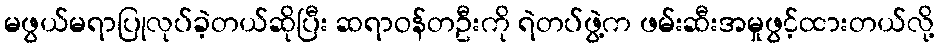
မဖွယ်မရာပြုလုပ်ခဲ့တယ်ဆိုပြီး ဆရာဝန်တဦးကို ရဲတပ်ဖွဲ့က ဖမ်းဆီးအမှုဖွင့်ထားတယ်လို့